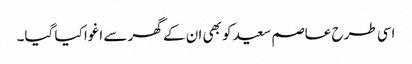
اسی طرح عاصم سعید کو بھی ان کے گھر سے اغوا کیا گیا۔